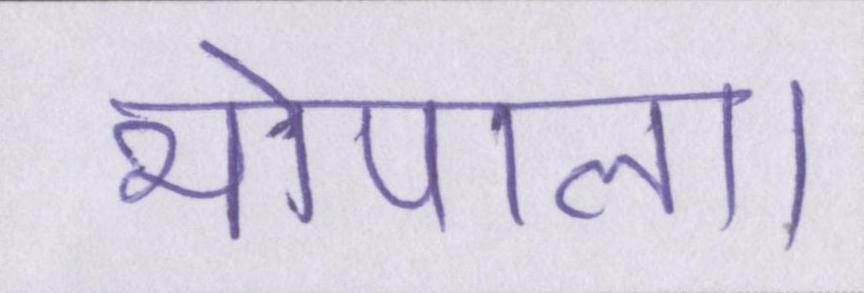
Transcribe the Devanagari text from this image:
भोपाल।